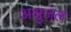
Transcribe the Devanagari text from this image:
अश्रुजल